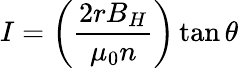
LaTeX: I=\left({\frac{2rB_{H}}{\mu_{0}n}}\right)\tan\theta